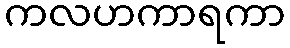
ကလဟကာရကာ